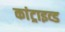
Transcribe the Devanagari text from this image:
कांट्राइव्ड